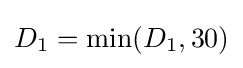
D_{1}=\min(D_{1},30)